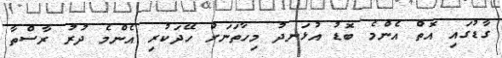
ގާޑުގައި އޮތް އެންމެ ބޮޑު އުޅަނދު މިހާތަނަށް ހޭދަކުރި އެންމެ ދުރު ރާސްތާ